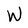
Character: W